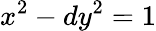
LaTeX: x^{2}-dy^{2}=1